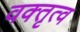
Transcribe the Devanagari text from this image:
वक्‍तृत्‍व